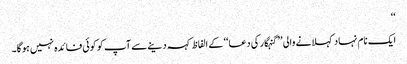
‘‘
ایک نام نہاد کہلانے والی ’’گنہگار کی دعا‘‘ کے الفاظ کہہ دینےسے آپ کو کوئی فائدہ نہیں ہوگا۔